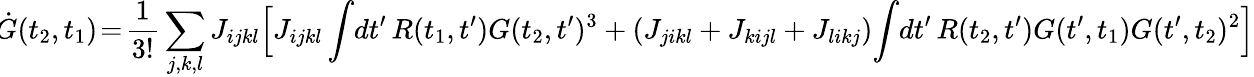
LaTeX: \! \dot{G}(t_{2},t_{1})\! =\! \frac{1}{3!}\sum_{j,k,l}J_{ijkl}\Big[J_{ijkl}\int\! dt^{\prime}\, R(t_{1},t^{\prime})G(t_{2},t^{\prime})^{3}+(J_{jikl}+J_{kijl}+J_{likj})\! \int\! dt^{\prime}\, R(t_{2},t^{\prime})G(t^{\prime},t_{1})G(t^{\prime},t_{2})^{2}\Big]